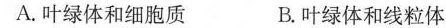
A. 叶绿体和细胞质 B. 叶绿体和线粒体